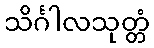
သိင်္ဂါလသုတ္တံ